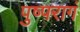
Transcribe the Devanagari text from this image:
पुष्परागं